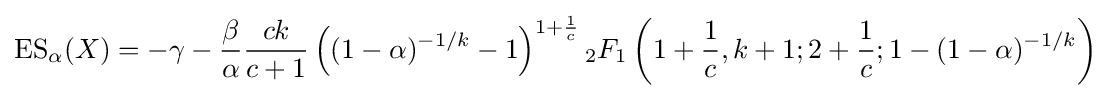
\operatorname {ES} _{\alpha }(X)=-\gamma -{\frac {\beta }{\alpha }}{\frac {ck}{c+1}}\left((1-\alpha )^{-1/k}-1\right)^{1+{\frac {1}{c}}}{_{2}F_{1}}\left(1+{\frac {1}{c}},k+1;2+{\frac {1}{c}};1-(1-\alpha )^{-1/k}\right)